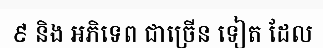
៩ និង អភិទេព ជាច្រើន ទៀត ដែល